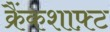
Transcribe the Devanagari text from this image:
क्रैंकशाफ़्ट